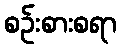
စဉ်းစားစရာ